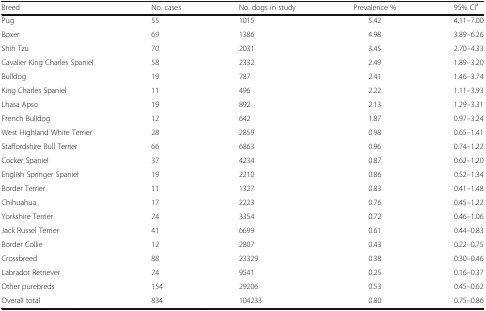
<table><thead><tr><td><b>Breed</b></td><td><b>No. cases</b></td><td><b>No. dogs in study</b></td><td><b>Prevalence %</b></td><td><b>95% CI<sup>a</sup></b></td></tr></thead><tbody><tr><td>Pug</td><td>55</td><td>1015</td><td>5.42</td><td>4.11–7.00</td></tr><tr><td>Boxer</td><td>69</td><td>1386</td><td>4.98</td><td>3.89–6.26</td></tr><tr><td>Shih Tzu</td><td>70</td><td>2031</td><td>3.45</td><td>2.70–4.33</td></tr><tr><td>Cavalier King Charles Spaniel</td><td>58</td><td>2332</td><td>2.49</td><td>1.89–3.20</td></tr><tr><td>Bulldog</td><td>19</td><td>787</td><td>2.41</td><td>1.46–3.74</td></tr><tr><td>King Charles Spaniel</td><td>11</td><td>496</td><td>2.22</td><td>1.11–3.93</td></tr><tr><td>Lhasa Apso</td><td>19</td><td>892</td><td>2.13</td><td>1.29–3.31</td></tr><tr><td>French Bulldog</td><td>12</td><td>642</td><td>1.87</td><td>0.97–3.24</td></tr><tr><td>West Highland White Terrier</td><td>28</td><td>2859</td><td>0.98</td><td>0.65–1.41</td></tr><tr><td>Staffordshire Bull Terrier</td><td>66</td><td>6863</td><td>0.96</td><td>0.74–1.22</td></tr><tr><td>Cocker Spaniel</td><td>37</td><td>4234</td><td>0.87</td><td>0.62–1.20</td></tr><tr><td>English Springer Spaniel</td><td>19</td><td>2210</td><td>0.86</td><td>0.52–1.34</td></tr><tr><td>Border Terrier</td><td>11</td><td>1327</td><td>0.83</td><td>0.41–1.48</td></tr><tr><td>Chihuahua</td><td>17</td><td>2223</td><td>0.76</td><td>0.45–1.22</td></tr><tr><td>Yorkshire Terrier</td><td>24</td><td>3354</td><td>0.72</td><td>0.46–1.06</td></tr><tr><td>Jack Russel Terrier</td><td>41</td><td>6699</td><td>0.61</td><td>0.44–0.83</td></tr><tr><td>Border Collie</td><td>12</td><td>2807</td><td>0.43</td><td>0.22–0.75</td></tr><tr><td>Crossbreed</td><td>88</td><td>23329</td><td>0.38</td><td>0.30–0.46</td></tr><tr><td>Labrador Retriever</td><td>24</td><td>9541</td><td>0.25</td><td>0.16–0.37</td></tr><tr><td>Other purebreds</td><td>154</td><td>29206</td><td>0.53</td><td>0.45–0.62</td></tr><tr><td>Overall total</td><td>834</td><td>104233</td><td>0.80</td><td>0.75–0.86</td></tr></tbody></table>